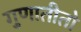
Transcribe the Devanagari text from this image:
गुणातीतो